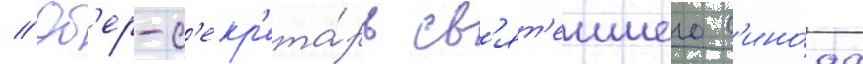
// Об'ер-с'екр'ета́рь св'ят'еишего с'ино́да